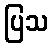
ပြသ